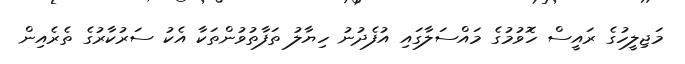
މަޖިލީހުގެ ރައީސް ހޮވުމުގެ މައްސަލާގައި އުފެދުނު ހިޔާލު ތަފާތުވުންތަކާ އެކު ސަރުކާރުގެ ތެރެއިން